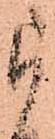
被